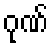
ဂုဏ်